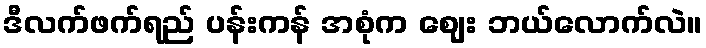
ဒီလက်ဖက်ရည် ပန်းကန် အစုံက ဈေး ဘယ်လောက်လဲ။